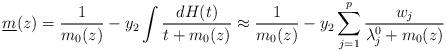
LaTeX: \begin{align*} \underline m(z)=\frac1{m_0(z)}-y_2\int\frac{dH(t)}{t+m_0(z)}\approx\frac1{m_0(z)}-y_2\sum\limits_{j=1}^p\frac{w_j}{\lambda_j^0+m_0(z)} \end{align*}